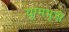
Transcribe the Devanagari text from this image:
युग्मभुजी